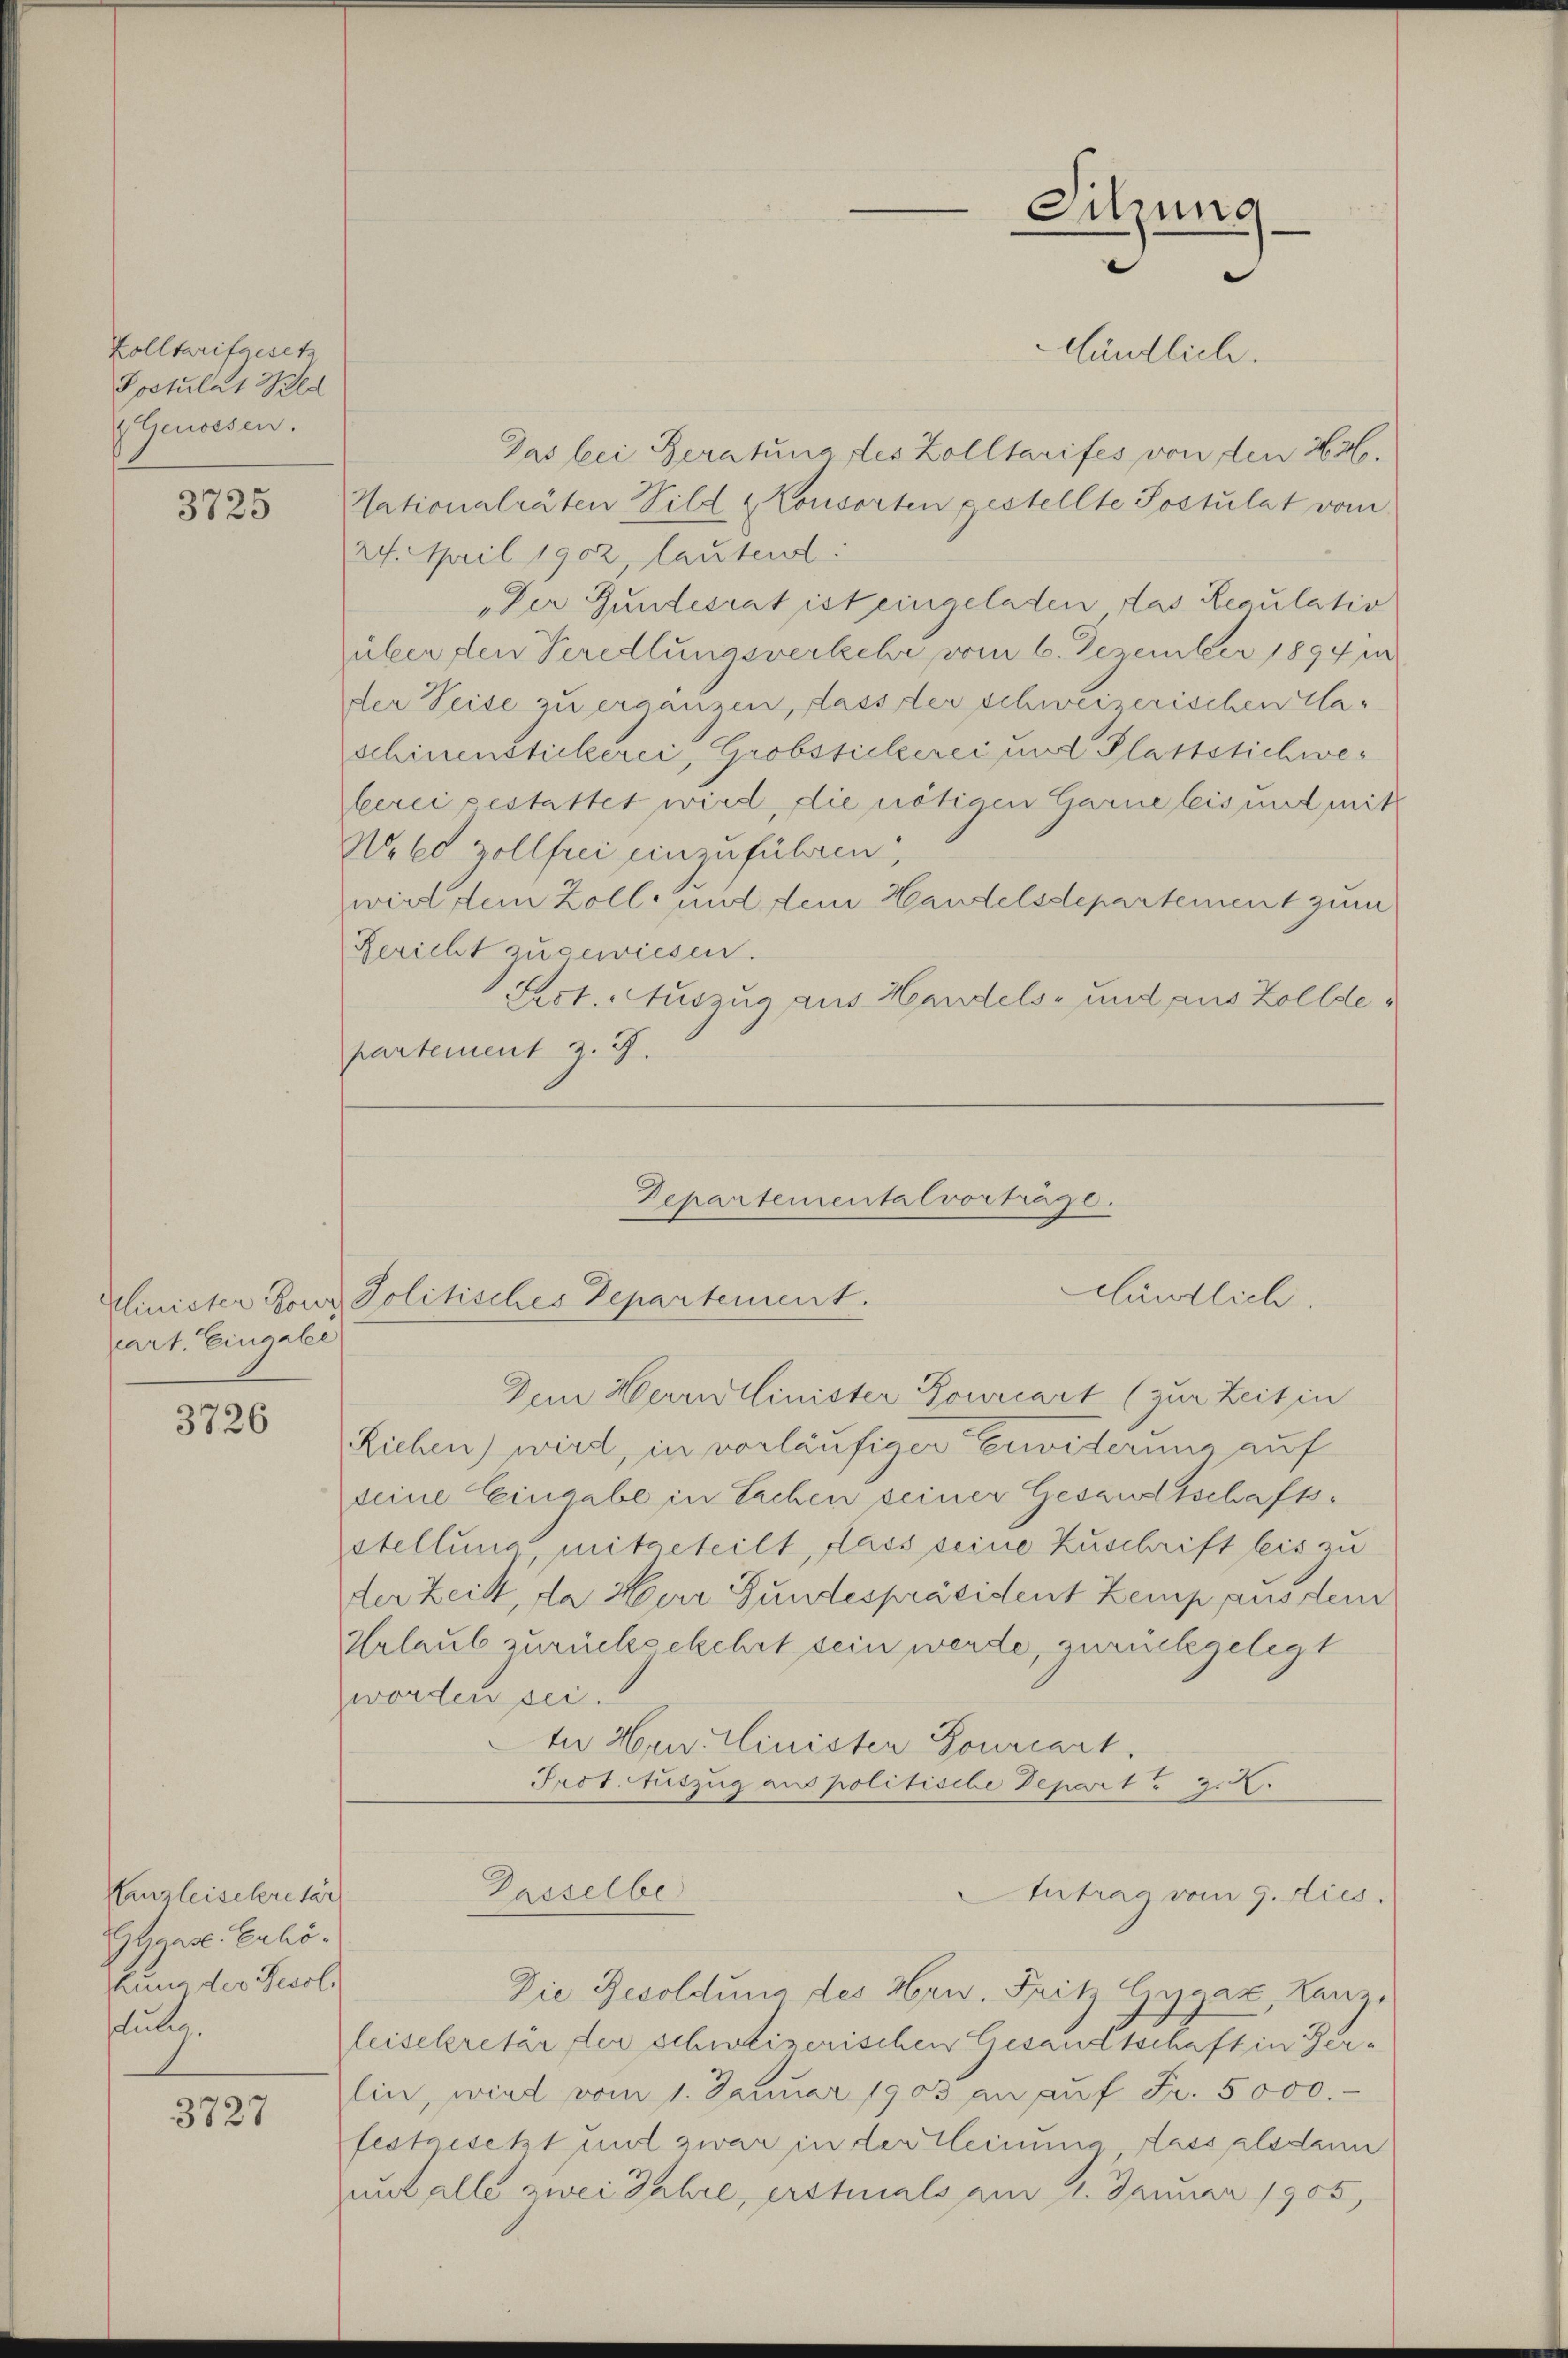
Kolltarifgesetz
Postulat Wald
 Genossen.

3725

cart. Eingabe

3726

Enzleisekretär
Gygerl. Erhösung der Resol
stul

3727

Das bei Beratung des Zolltarifes von den 23.
Nationalräten Pild & Konsorten gestellte Postulat vom
24. April 1902, lautend:
"Der Gundesrat ist eingeladen das Regulatio
über den Peredlungsverkehr vom 6. Dezember 1894 in
der Seise zu ergänzen, dass der schweizerischen Caschinenstickerei, Grobstickerei und Glattstichweberei gestattet wird, die nötigen Garne leis und mit
Wile zollfrei einzuführen,
wirt dem Zoll- und dem Handelsdepartement zum
Bericht zugewiesen.
Pact. Auszug aus Handels- und aus Zollde
partement z. B.

worden sei.

Sitzung
Händlich.

Departementalvorträge.
Händlich.
Minister Konr Politisches Departement.

Dem Herrnlinister Bourcart (zur Zeit in
Riehen) wird, in vorläufiger einer sehr wiederung auf
seine Eingabe in Sachen seiner Gesandtschaftsstellung mitgeteilt, dass seine Zuschrift leis zu
der Zeit, da Herr Gundespräsident Zemp aus dem
Urlaub zurückgekehrt sein werde, zurückgelegt
tn Hrn. Minister Bourcart
Prot. Auszug aus politische Depart 2. X.
Antrag vom 9. dies
Gasselbe
Die Resoldung des Hrn. Fritz Gygaz, Lanzleisekretär der schweizerischen Gesandtschaft in Gerlin, wird vom 1. Januar 1903 an aŭf Fr. 5000.
festgesetzt und zwar in der Heinung, dass alsdann
unt alle zwei Jahre, erstmals am 11. Januar 1905,